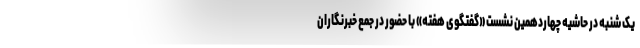
یک شنبه در حاشیه چهاردهمین نشست «گفتگوی هفته» با حضور در جمع خبرنگاران